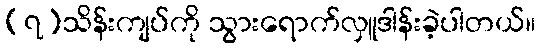
(၇)သိန်းကျပ်ကို သွားရောက်လှူဒါန်းခဲ့ပါတယ်။